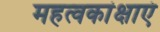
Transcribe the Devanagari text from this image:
महत्वकांक्षाएं